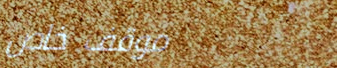
موقف خاص